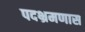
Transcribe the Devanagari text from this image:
पदभ्रमणास